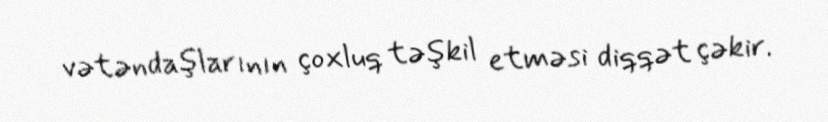
vətəndaşlarının çoxluq təşkil etməsi diqqət çəkir.